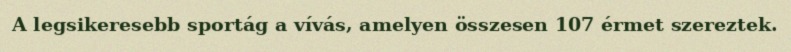
A legsikeresebb sportág a vívás, amelyen összesen 107 érmet szereztek.